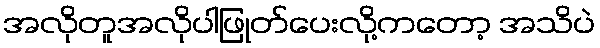
အလိုတူအလိုပါဖြုတ်ပေးလို့ကတော့ အသိပဲ